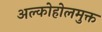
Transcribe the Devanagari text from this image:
अल्कोहोलमुक्त